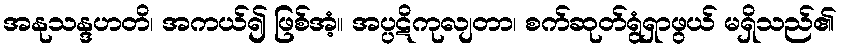
အနုသန္ဒဟတိ၊ အကယ်၍ ဖြစ်အံ့။ အပ္ပဋိကုလျတာ၊ စက်ဆုတ်ရွံရှာဖွယ် မရှိသည်၏